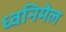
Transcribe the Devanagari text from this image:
ध्वनिमेल